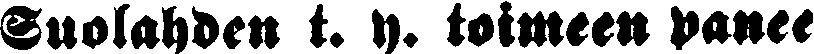
Suolahden t. y. toimeen panee